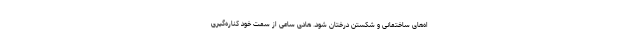
اه‌های ساختمانی و شکستن درختان شود. هادی ساعی از سمت خود کناره‌گیری